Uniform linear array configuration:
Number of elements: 24
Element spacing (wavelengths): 0.5
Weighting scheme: blackman
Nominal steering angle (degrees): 0
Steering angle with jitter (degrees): -1.193
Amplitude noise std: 0.05
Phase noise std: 0.05

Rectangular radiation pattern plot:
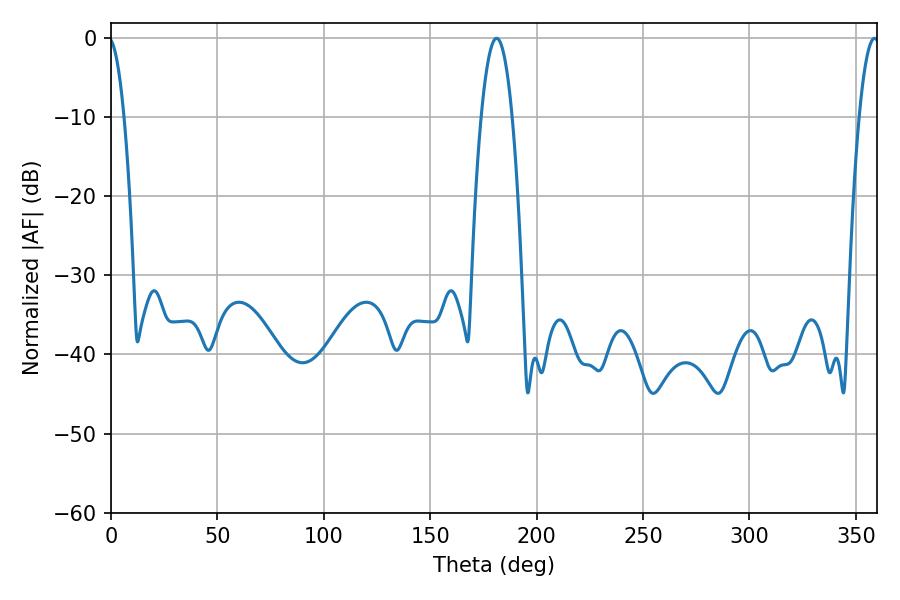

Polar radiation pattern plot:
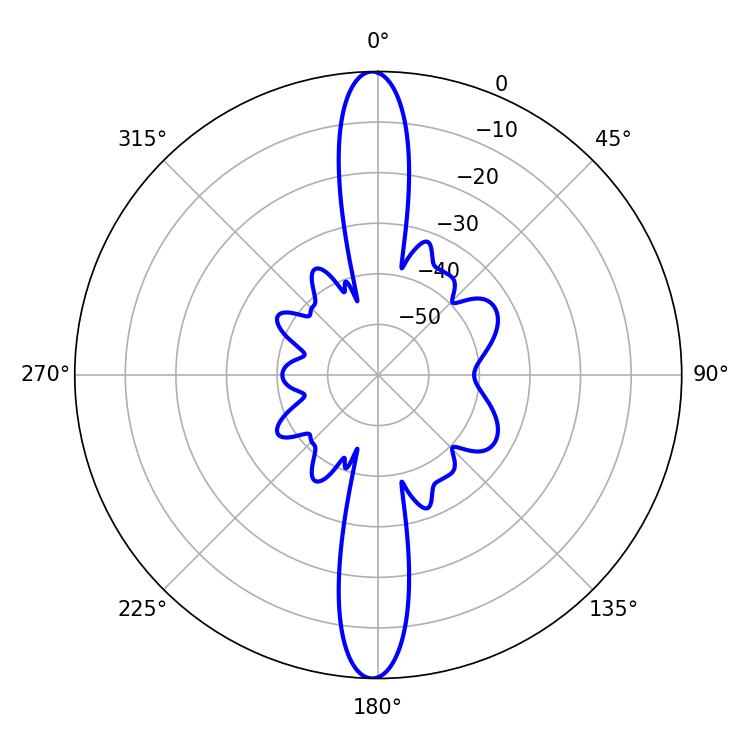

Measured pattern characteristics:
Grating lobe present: FALSE
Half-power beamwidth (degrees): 8.1
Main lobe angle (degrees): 181.26